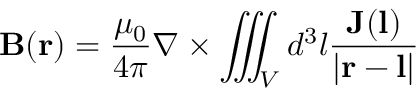
\mathbf { B } ( \mathbf { r } ) = { \frac { \mu _ { 0 } } { 4 \pi } } \nabla \times \iiint _ { V } d ^ { 3 } l { \frac { \mathbf { J } ( \mathbf { l } ) } { | \mathbf { r } - \mathbf { l } | } }